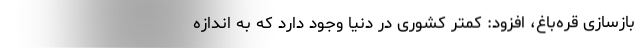
بازسازی قره‌باغ، افزود: کمتر کشوری در دنیا وجود دارد که به اندازه